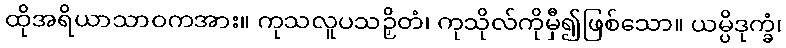
ထိုအရိယာသာဝကအား။ ကုသလူပသဉှိတံ၊ ကုသိုလ်ကိုမှီ၍ဖြစ်သော။ ယမ္ပိဒုက္ခံ၊